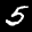
Label: 5